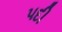
પદી